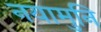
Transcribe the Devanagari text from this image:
नयामुनि